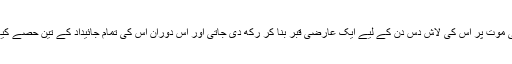
سردار کی موت پر اس کی لاش دس دن کے لیے ایک عارضی قبر بنا کر رکھ دی جاتی اور اس دوران اس کی تمام جائیداد کے تین حصے کیے جاتے۔